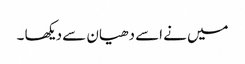
میں نے اسے دھیان سے دیکھا ۔